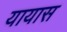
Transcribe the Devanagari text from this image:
यायास